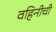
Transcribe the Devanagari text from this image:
वहिनीची